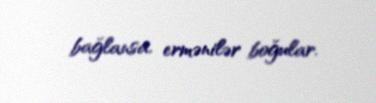
bağlansa, ermənilər boğular.